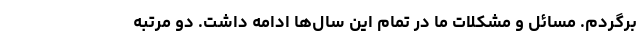
برگردم. مسائل و مشکلات ما در تمام این سال‌ها ادامه داشت. دو مرتبه